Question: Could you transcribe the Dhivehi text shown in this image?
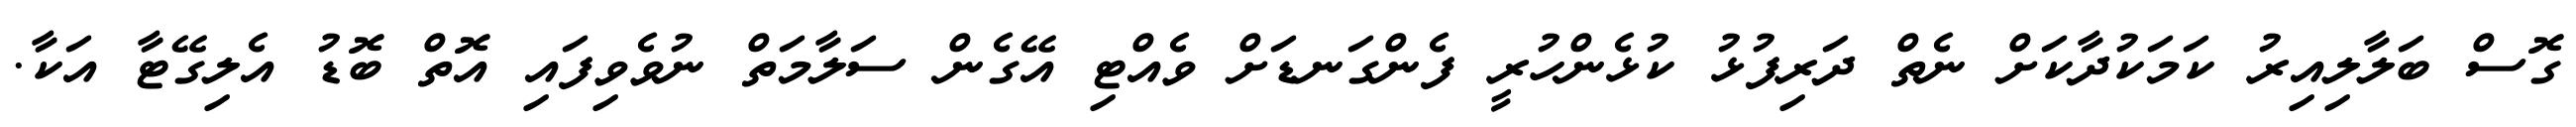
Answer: ގޮސް ބަލާލިއިރު ކަމަކުދާކަށް ނެތް ދަރިފުޅު ކުޅެންހުރީ ފެންގަނޑަށް ވެއްޓި އޭގެން ސަލާމަތް ނުވެވިފައި އޮތް ބޮޑު އެލިގޭޓާ އަކާ.